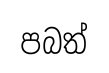
පබත්